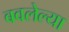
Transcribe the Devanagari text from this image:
बवलेल्या